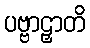
ပဗ္ဗာဠှာတိ